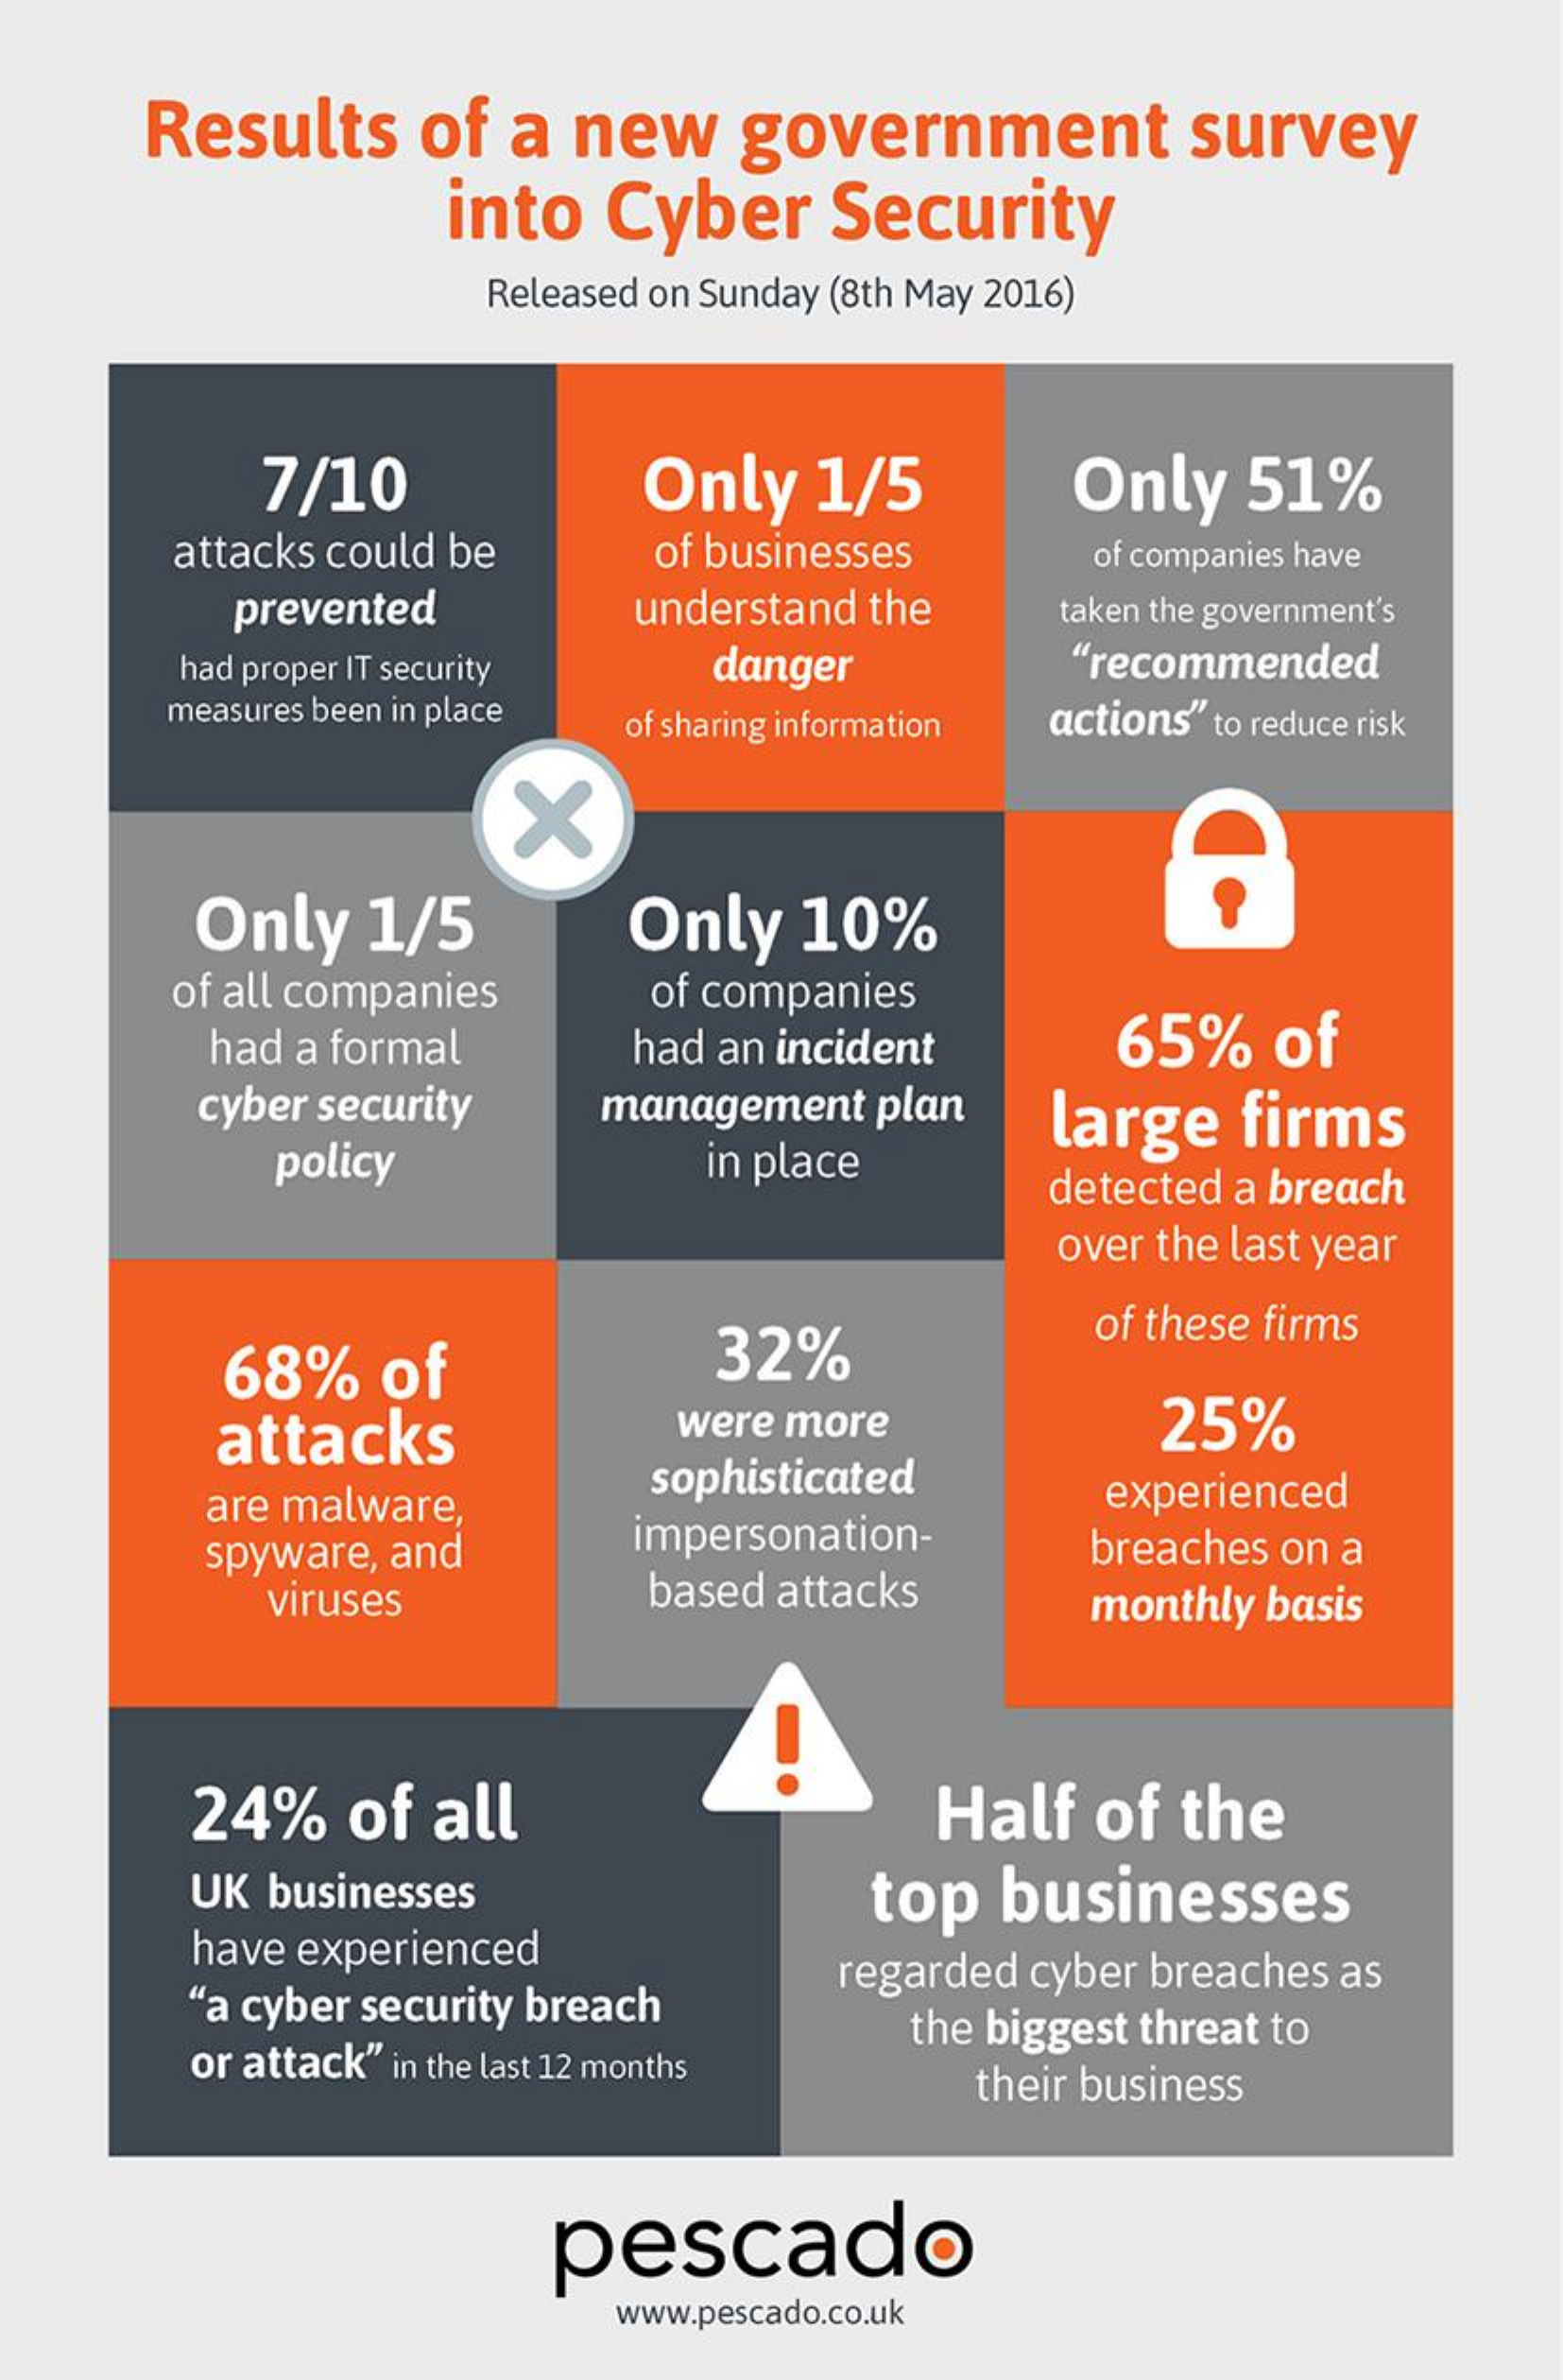
Results    of  a  new    government    survey
     into  Cyber    Security
     Released on Sunday (8th May 2016)
     7/10    Only   1/5    Only    51%
     attacks could be    of businesses    of companies have
     prevented    understand the    taken the government's
     had proper IT security   danger    "recommended
     measures been in place of sharing information actions" to reduce risk
     X
     Only   1/5    Only    10%
     of all companies    of companies
     had a formal    had an incident    65%    of
     cyber security    management   plan
     policy    in place
     large   firms
     detected a breach
     over the last year
     68%    of    32%
     of these firms
     attacks    were more    25%
     are malware,
     sophisticated
     impersonation-
     experienced
     spyware, and    breaches on a
     viruses    based attacks    monthly basis
     24%    of  all    Half   of  the
     UK  businesses    top   businesses
     have experienced
     "a cyber security breach
     regarded cyber breaches as
     or attack" in the last 12 months
     the biggest threat to
     their business
     pescado
     www.pescado.co.uk